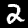
Digit: 2